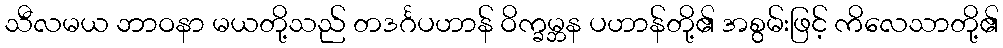
သီလမယ ဘာဝနာ မယတို့သည် တဒင်္ဂပဟာန် ဝိက္ခမ္ဘန ပဟာန်တို့၏ အစွမ်းဖြင့် ကိလေသာတို့၏